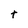
Character: t